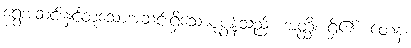
ရွှေအဆင်းနှင့်တူသောအဆင်းရှိသောပုဇွန်သည်။ အတ္ထိ၊ ရှိ၏။ တေန၊